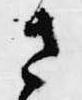
さ